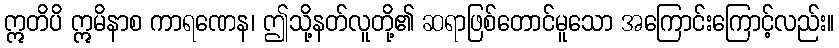
ဣတိပိ ဣမိနာစ ကာရဏေန၊ ဤသို့နတ်လူတို့၏ ဆရာဖြစ်တောင်မူသော အကြောင်းကြောင့်လည်း။